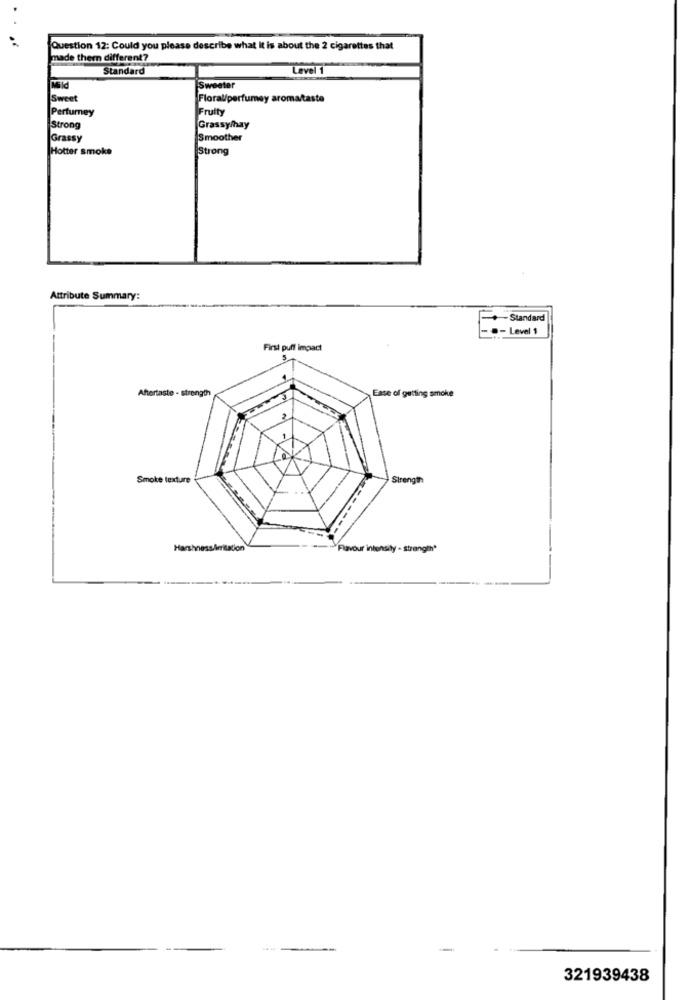
Question 12: Could you please describe what it is about the 2 cigarettes that
made them different?
Standard
Level 1
Mild
Sweeter
Sweet
Floral/perfumey aroma/taste
Perfumey
Fruity
Strong
Grassymay
Grassy
Smoother
Hotter smoke
Strong
Attribute Summary:
- Standard
- Level 1
First puff impact
Aftertaste - strength
Ease of getting smoke
Smoke texture
-Favour intensity - stre
ngthª
321939438